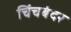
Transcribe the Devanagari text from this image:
चिंचबंदर